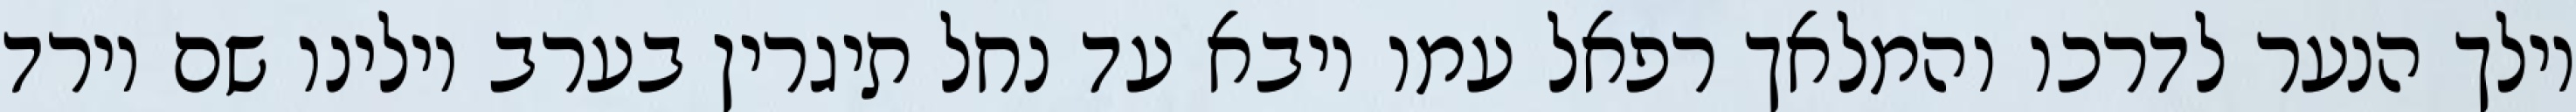
וילך הנער לדרכו והמלאך רפאל עמו ויבא עד נחל תיגרין בערב וילינו שם וירד